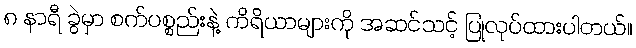
၈ နာရီ ခွဲမှာ စက်ပစ္စည်းနဲ့ ကိရိယာများကို အဆင်သင့် ပြုလုပ်ထားပါတယ်။